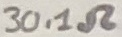
Text: 30.1Ω